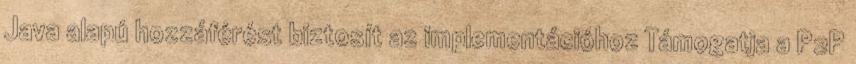
Java alapú hozzáférést biztosít az implementációhoz Támogatja a P2P